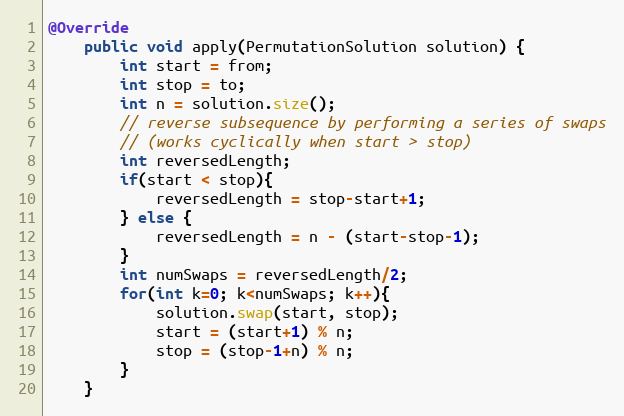
Language: Java
@Override
    public void apply(PermutationSolution solution) {
        int start = from;
        int stop = to;
        int n = solution.size();
        // reverse subsequence by performing a series of swaps
        // (works cyclically when start > stop)
        int reversedLength;
        if(start < stop){
            reversedLength = stop-start+1;
        } else {
            reversedLength = n - (start-stop-1);
        }
        int numSwaps = reversedLength/2;
        for(int k=0; k<numSwaps; k++){
            solution.swap(start, stop);
            start = (start+1) % n;
            stop = (stop-1+n) % n;
        }
    }